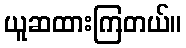
ယူဆထားကြတယ်။